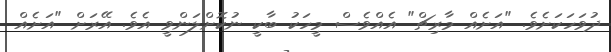
ދުވަހަކަށެވެ. "އަށެއް މާރިޗް" އެއްވެސް މީހަކު ބާކީ ނުކޮށްލަންވީ އެވެ. އޭރަށް "އަށެއް